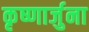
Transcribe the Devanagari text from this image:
कृष्णार्जुना